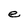
Character: e